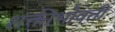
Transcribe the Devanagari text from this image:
शक्तीभोवती